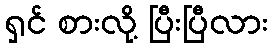
ရှင် စားလို့ ပြီးပြီလား